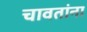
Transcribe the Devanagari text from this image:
चावतांना